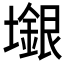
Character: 𱘎